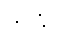
ဘဒြံဝ